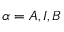
\alpha = A , I , B